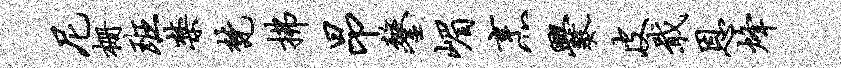
尼栅班禁梵拂昂鏊嵋烹爨皮戢恩烽